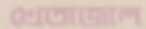
খেতাজাল